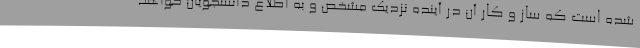
شده است که ساز و کار آن در آینده نزدیک مشخص و به اطلاع دانشجویان خواهد